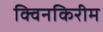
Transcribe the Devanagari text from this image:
क्विनकिरीम